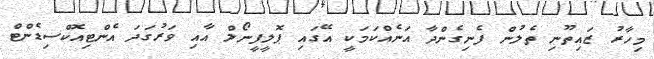
މިހާރު ޒައިތޫނި ތެލުން ފެނިގެންދާ އަނެއްކަމަކީ އޭގައި ޕޮލީފީނޯލް އާއި ވަރުގަދަ އެންޓިއޮކްސިޑެންޓް